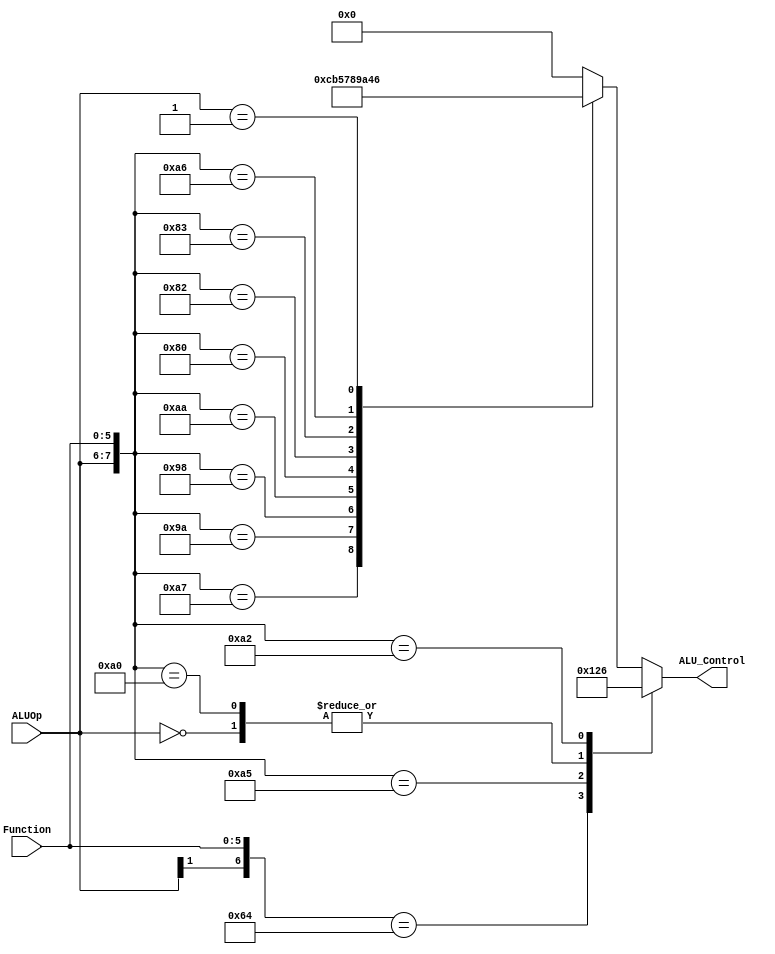
`timescale 1ns / 1ps
//////////////////////////////////////////////////////////////////////////////////
// Company: 
// Engineer: 
// 
// Design Name: 
// Module Name: ALUControl
// Project Name: 
// Target Devices: 
// Tool Versions: 
// Description: 
// 
// Dependencies: 
// 
// Revision:
// Revision 0.01 - File Created
// Additional Comments:
// 
//////////////////////////////////////////////////////////////////////////////////


module ALUControl(
    input [1:0] ALUOp, 
    input [5:0] Function,
    output reg[3:0] ALU_Control);  

wire [7:0] ALUControlIn;  
 assign ALUControlIn = {ALUOp,Function};  
 always @(ALUControlIn)  
 casex (ALUControlIn)  
        8'b1x100100: ALU_Control=4'b0000;  //and
        8'b10100101: ALU_Control=4'b0001;  //or
        8'b00xxxxxx: ALU_Control=4'b0010;  //lw,sw,addi
        8'b10100000: ALU_Control=4'b0010;  //add
        8'b10100010: ALU_Control=4'b0110;  //sub
        8'b11xxxxxx: ALU_Control=4'b0000;  //andi
        8'b10100111: ALU_Control=4'b1100;  //nor
        8'b10011010: ALU_Control=4'b1011;  //divide
        8'b10011000: ALU_Control=4'b0101;  //multiply
        8'b10101010: ALU_Control=4'b0111;  //slt
        8'b10000000: ALU_Control=4'b1000;  //sll
        8'b10000010: ALU_Control=4'b1001;  //srl
        8'b10000011: ALU_Control=4'b1010;  //sra
        8'b10100110: ALU_Control=4'b0100;  //xor
        8'b01xxxxxx: ALU_Control=4'b0110;  //beq
  default: ALU_Control=4'b0000;  
  endcase  
 endmodule